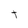
Character: t